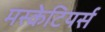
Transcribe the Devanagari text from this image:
मस्केटियर्स